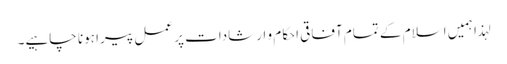
لہذا ہمیں اسلام کے تمام آفاقی احکام و ارشادات پر عمل پیرا ہونا چاہیے۔